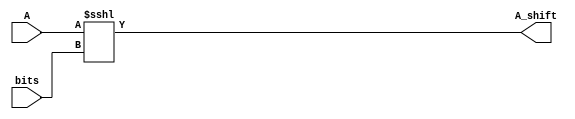
`timescale 1ns / 1ns
//////////////////////////////////////////////////////////////////////////////////
// Company: 
// Engineer: 
// 
// Design Name: 
// Module Name: shift
// Project Name: 
// Target Devices: 
// Tool Versions: 
// Description: 
// 
// Dependencies: 
// 
// Revision:
// Revision 0.01 - File Created
// Additional Comments:
// 
//////////////////////////////////////////////////////////////////////////////////


module shift_left(input [31:0] A, input [4:0]bits, output [31:0]A_shift);
    assign A_shift = A <<< bits;
endmodule